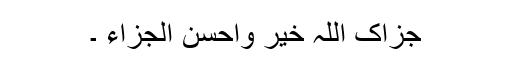
جزاک اللہ خیر واحسن الجزاء ۔